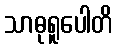
သာဓုရူပေါတိ